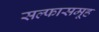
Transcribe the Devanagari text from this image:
सल्फासमूह